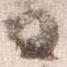
日